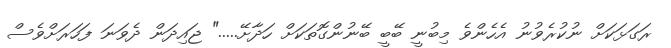
ރަގަޅަކަށް ނުކުރެވުނު އެހެންވެ މިބުނީ ބޭބީ ބޭނުންގޮތަކަށް ހަދާށޭ....." ޖައިދަން ދެވަނަ ފަހަރަށްވެސް